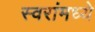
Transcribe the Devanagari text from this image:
स्वरांमध्ये